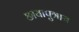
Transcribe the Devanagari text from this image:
छायापुत्राय